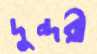
দুন্দরী